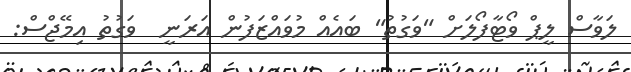
ލަވާސް ލީޕް ވޯޓާފޯލަށް "ވަގުތު" ބައެއް މުވައްޒަފުން އަރަނީ  ވަގުތު އިމޭޖްސް: